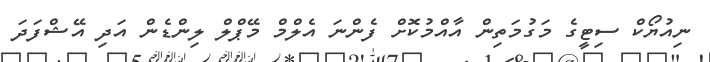
ނިއުޔޯކް ސިޓީގެ މަގުމަތިން އާއްމުކޮށް ފެންނަ އެލްމް މޭޕްލް ލިންޑެން އަދި އޭޝްފަދަ